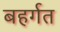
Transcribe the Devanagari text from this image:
बहर्गत